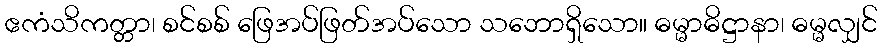
ဧကံသိကတ္တာ၊ စင်စစ် ဖြေအပ်ဖြတ်အပ်သော သဘောရှိသော။ ဓမ္မာဓိဋ္ဌာနာ၊ ဓမ္မလျှင်